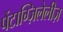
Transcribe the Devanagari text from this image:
पेंटाग्ज़िलेलीज़